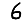
Digit: 6